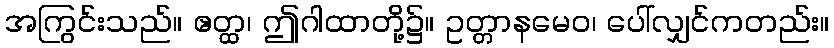
အကြွင်းသည်။ ဧတ္ထ၊ ဤဂါထာတို့၌။ ဥတ္တာနမေဝ၊ ပေါ်လျှင်ကတည်း။